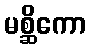
မစ္ဆိကော